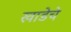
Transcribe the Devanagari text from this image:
खाडेचे